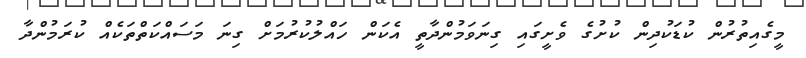
މީގެއިތުރުން ކުޑަކުދިން ކުށުގެ ވެށީގައި ގިނަވަމުންދާތީ އެކަން ހައްލުކުރުމަށް ގިނަ މަސައްކަތްތަކެއް ކުރަމުންދާ